Rangoon Lunatic Asylum 1878-1892 - 1878-1892
Year: 1878
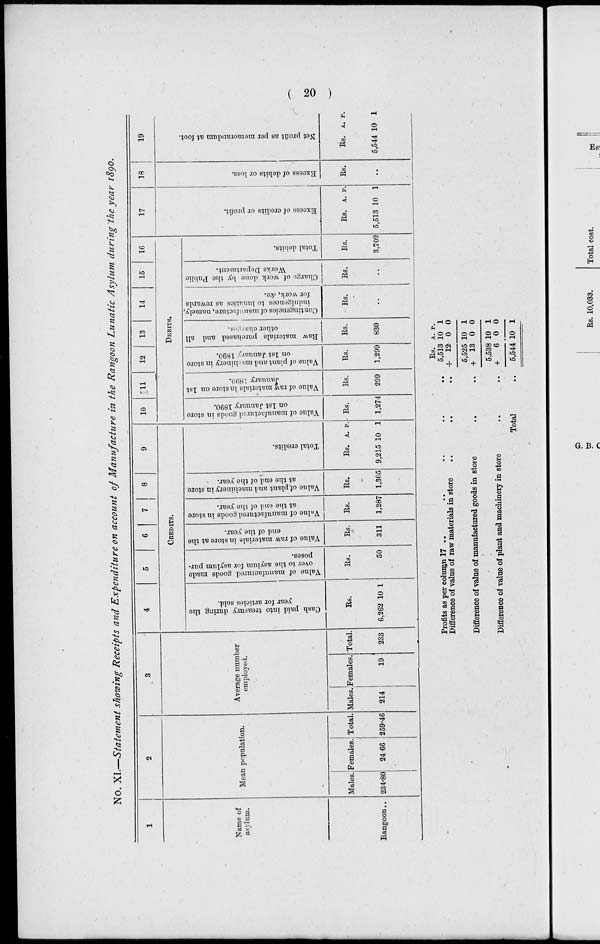
( 20 )
No. XI.—Statement showing Receipts and Expenditure on account of Manufacture in the Rangoon Lunatic Asylum during the year 1890.
1
Name of
asylum.
Rangoon..
2
Mean population.
Males.
234.80
Females.
24.66
Total.
259.46
3
Average number
employed.
Males.
214
Females.
19
Total.
233
4
5
6
7
8
9
CREDITS.
Cash paid i nt o t
r eas ur y dur i
ng the
year for articles sold.
Rs.
6,262 10 1
Value of manufactured goods made
over to the asylum for asylum pur-
poses.
Rs.
50
Value of raw materials in store at the
end of the year.
Rs.
311
Value of manufactured goods in store
at the end of the year.
Rs.
1,287
Value of plant and machinery in store
at the end of the year.
Rs.
1,305
Total credits.
Rs.
9,215
A.
10
P.
1
10
12
13
14
15
16
DEBITS.
Value of manufactured goods in store
on 1st January 1890.
Rs.
1,274
Value of raw materials in store on 1st
January 1890.
Rs.
299
Value of plant and machinery in store
on 1st January 1890.
Rs.
1,299
Raw materials purchased and all
other charges.
Rs.
830
Contingencies of manufacture, namely,
indulgences to lunatics as rewards
for work, &c.
Rs.
..
Charge of work done by the Public
Works Department.
Rs.
..
Total debits.
Rs.
3,702
17
Excess of credits or profit.
Rs.
5,513
A.
10
P.
1
18
Excess of debits or loss.
Rs.
..
19
Net profit as per memorandum at foot.
Rs.
5,544
A.
10
P.
1
Profits as per column 17 .. .. .. .. ..
Difference of value of raw materials in store .. .. ..
Difference of value of manufactured goods in store .. ..
Difference of value of plant and machinery in store .. ..
Total ..
Rs.
5,513
+ 12
5,525
+ 13
5,538
+
6
5,544
A.
10
0
10
0
10
0
10
P.
1
0
1
0
1
0
1